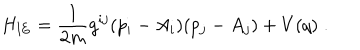
LaTeX: H _ { \mathrm { I E } } = \frac { 1 } { 2 m } g ^ { i j } ( p _ { i } - A _ { i } ) ( p _ { j } - A _ { j } ) + V ( q ) \; .